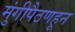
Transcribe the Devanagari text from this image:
मुंगीपैठणहून